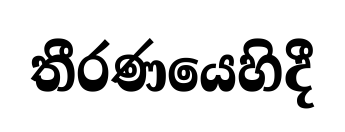
තීරණයෙහිදී